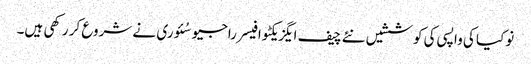
نوکیا کی واپسی کی کوششیں نئے چیف ایگزیکٹو افیسر راجیو سُئوری نے شروع کر رکھی ہیں۔